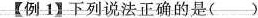
【例1】下列说法正确的是( )